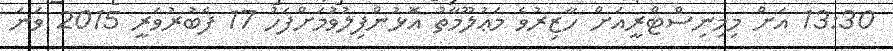
13:30 އަށް މިމިނިސްޓްރީއަށް ހާޒިރުވެ މަޢުލޫމާތު އޮޅުންފިލުވުމަށްފަހު 17 ފެބުރުވަރީ 2015 ވަނަ